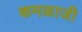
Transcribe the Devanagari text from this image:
कमळाजी